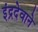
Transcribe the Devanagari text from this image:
इंद्रदेवाने